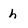
Character: h